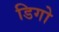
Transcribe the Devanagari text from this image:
डिगो